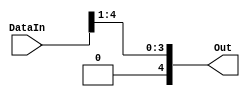
module shift_right_1b(Out, DataIn);
	output [4:0] Out;
	input [4:0] DataIn;
	assign Out[4] = 1'b0;
	assign Out[3:0] = DataIn[4:1];
endmodule